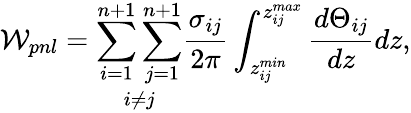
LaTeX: \mathcal{W}_{pnl}=\mathop{\sum_{i=1}^{n+1}\sum_{j=1}^{n+1}}_{i\neq j}\frac{\sigma_{ij}}{2\pi}\int_{z_{ij}^{min}}^{z_{ij}^{max}}\frac{d\Theta_{ij}}{dz}dz,